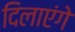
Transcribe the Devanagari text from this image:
दिलाएंगे